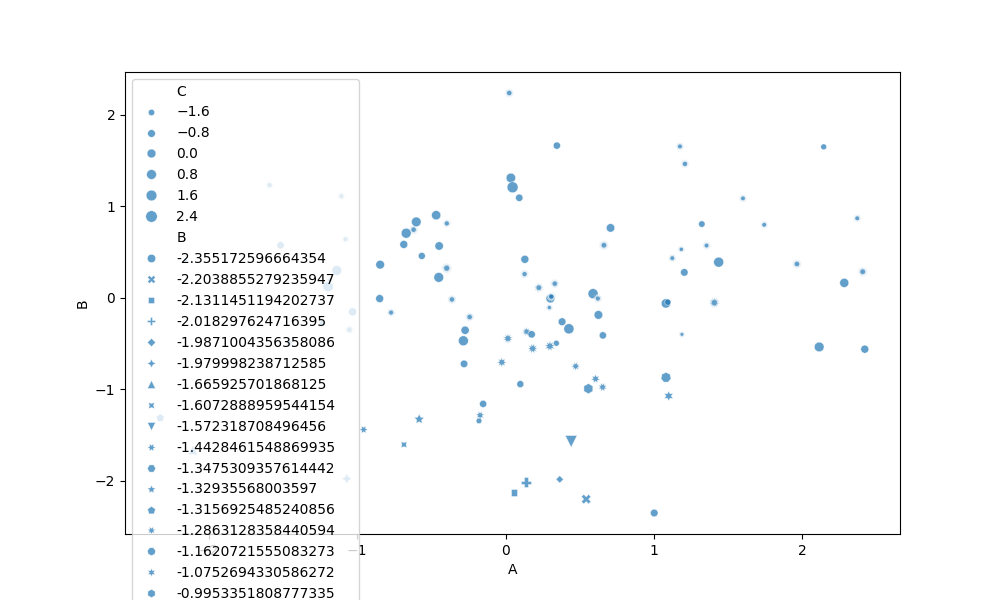
python, seaborn, scatterplot, hue='None', style='B', size='C', palette='muted', alpha=0.7